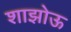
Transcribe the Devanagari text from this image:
शाझोऊ